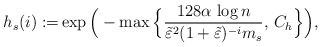
\begin{align*} h_s(i) := & \exp \Big( - \max \Big\{ \frac{128 \alpha\,\log n }{\tilde \varepsilon^2 ( 1+ \tilde \varepsilon )^{-i} m_s } ,\, C_h \Big\} \Big),\end{align*}